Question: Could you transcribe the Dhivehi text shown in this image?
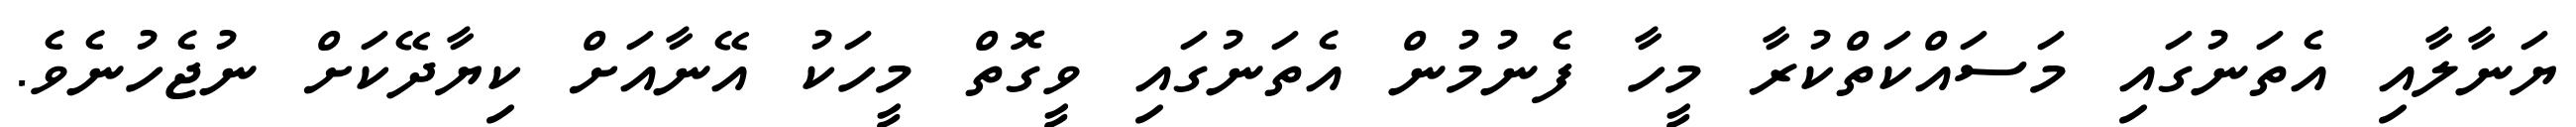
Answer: ޔަނާލާއި އެތަނުގައި މަސައްކަތްކުރާ މީހާ ފެނުމުން އެތަނުގައި ވީގޮތް މީހަކު އޭނާއަށް ކިޔާދޭކަށް ނުޖެހުނެވެ.